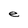
Character: e